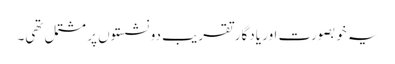
یہ خوبصورت اور یادگار تقریب دو نشستوں پر مشتمل تھی۔